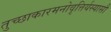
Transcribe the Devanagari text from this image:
तुच्छाकारमनोवृत्तिर्यस्यासौ